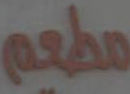
مطعم